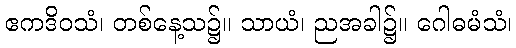
ဧကဒိဝသံ၊ တစ်နေ့သ၌။ သာယံ၊ ညအခါ၌။ ဂေါဓမံသံ၊